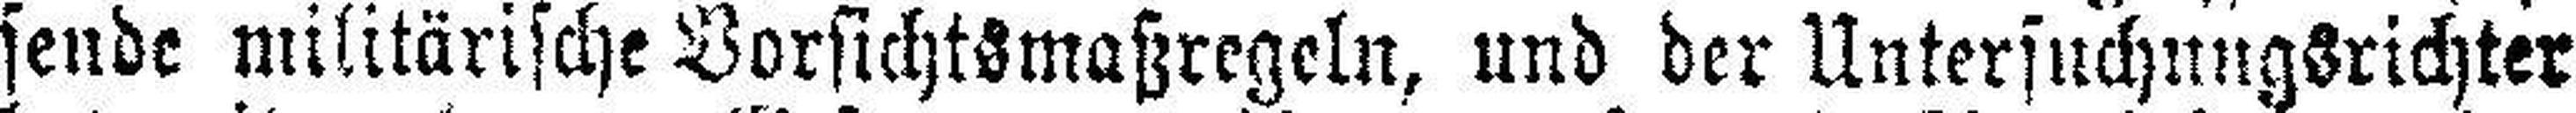
sende militärische Vorsichtsmaßregeln, und der Untersuchungsrichter